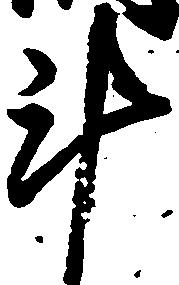
斗